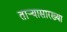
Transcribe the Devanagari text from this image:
ताऱ्यासारख्या